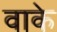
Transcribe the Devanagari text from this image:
वाके